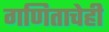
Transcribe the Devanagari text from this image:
गणिताचेही